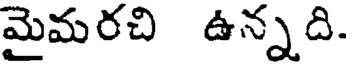
మైమరచి ఉన్నది.